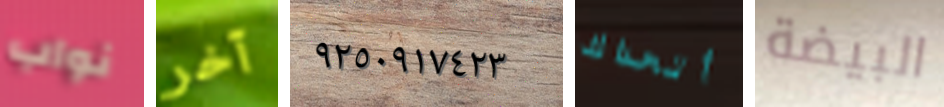
نواب آخر ٩٢٥٠٩١٧٤٢٣ أتحداك البيضة